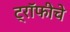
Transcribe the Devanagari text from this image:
ट्रॉफीचे